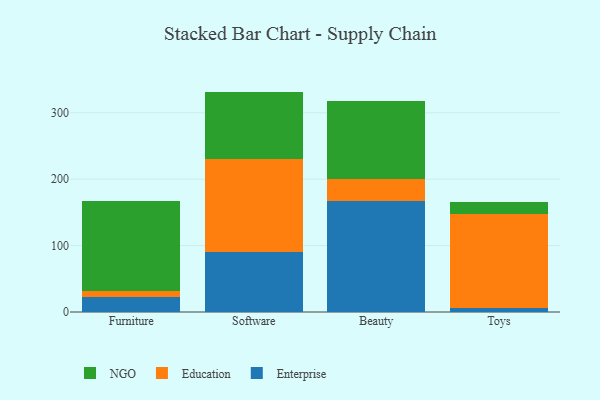
{"axis": {"x": "Category", "y": "Demand Index"}, "legend": ["Education", "Enterprise", "NGO"], "data": [{"x": "Furniture", "y": 23.1, "type": "Enterprise"}, {"x": "Furniture", "y": 8.8, "type": "Education"}, {"x": "Furniture", "y": 135.1, "type": "NGO"}, {"x": "Software", "y": 90.1, "type": "Enterprise"}, {"x": "Software", "y": 141.0, "type": "Education"}, {"x": "Software", "y": 100.8, "type": "NGO"}, {"x": "Beauty", "y": 167.5, "type": "Enterprise"}, {"x": "Beauty", "y": 32.3, "type": "Education"}, {"x": "Beauty", "y": 117.5, "type": "NGO"}, {"x": "Toys", "y": 6.4, "type": "Enterprise"}, {"x": "Toys", "y": 141.7, "type": "Education"}, {"x": "Toys", "y": 18.1, "type": "NGO"}]}